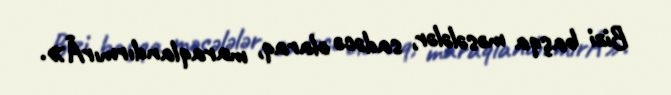
Bizi başqa məsələlər, sadəcə olaraq, maraqlandırmırÂ».